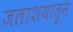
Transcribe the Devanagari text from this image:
जलाशयातुन